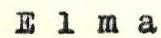
Elma